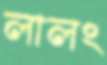
লালং